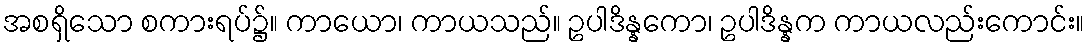
အစရှိသော စကားရပ်၌။ ကာယော၊ ကာယသည်။ ဥပါဒိန္နကော၊ ဥပါဒိန္နက ကာယလည်းကောင်း။